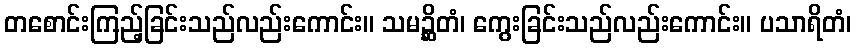
တစောင်းကြည့်ခြင်းသည်လည်းကောင်း။ သမဉ္ဆိတံ၊ ကွေးခြင်းသည်လည်းကောင်း။ ပသာရိတံ၊